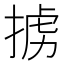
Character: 掳